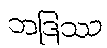
ဘဒြဿ